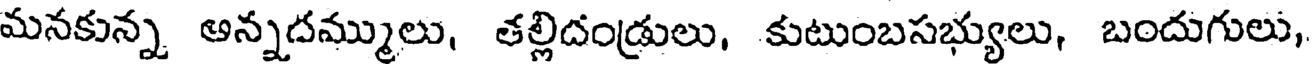
మనకున్న అన్నదమ్ములు, తల్లిదండ్రులు, కుటుంబసభ్యులు, బందుగులు,